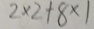
2 \times 2 + 8 \times 1